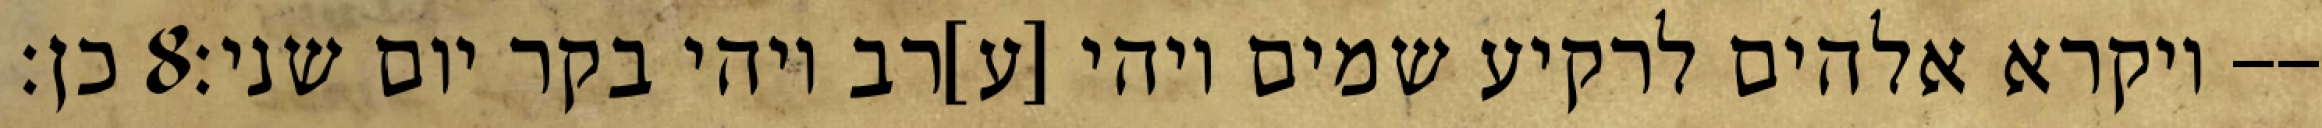
כן׃ ‎8‏ ויקרא אלהים לרקיע שמים ויהי [ע]רב ויהי בקר יום שני׃--